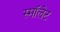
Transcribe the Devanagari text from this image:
स्माॅलेट